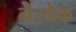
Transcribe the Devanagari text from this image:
नैस्डेक